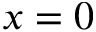
x = 0